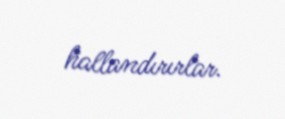
hallandırırlar.